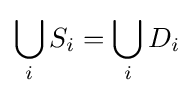
\bigcup _{i}S_{i}=\bigcup _{i}D_{i}